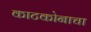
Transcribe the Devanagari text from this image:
काटकोनाचा